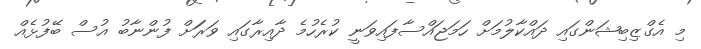
މި އެގްޒިބިޝަންގައި ދައްކާލުމަށް ހަމަޖައްސާފައިވަނީ ކުރެހުމެ ދާއިރާގައި ވަރަަށް ފުންނާބު އުސް ބޭފުޅެއް